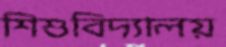
শিশুবিদ্যালয়